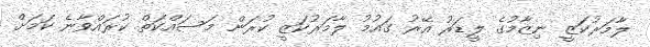
ލާމަރުކަޒީ ނިޒާމުގެ ލީޑަރު އޭރު ގައުމު ލާމަރުކަޒީ ކުރަން މަސައްކަތް ކުރައްވާނެ ކަމަށް